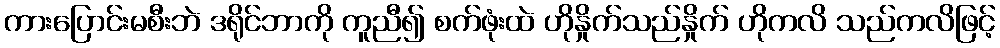
ကားပြောင်းမစီးဘဲ ဒရိုင်ဘာကို ကူညီ၍ စက်ဖုံးထဲ ဟိုနှိုက်သည်နှိုက် ဟိုကလိ သည်ကလိဖြင့်